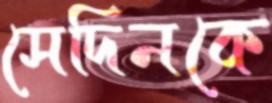
সেদিনকে